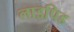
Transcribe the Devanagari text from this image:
लाइपिड